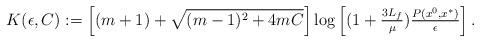
LaTeX: \begin{align*}K(\epsilon, C) & := \left[(m+1) + \sqrt{(m-1)^2 + 4 m C} \right] \log \left[(1+\tfrac{3L_f}{\mu})\tfrac{P(x^{0}, x^*)}{\epsilon}\right]. \end{align*}